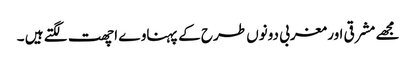
مجھے مشرقی اور مغربی دونوں طرح کے پہناوے اچھت لگتے ہیں ۔